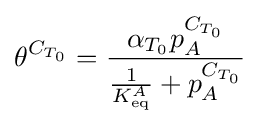
\theta ^{C_{T_{0}}}={\frac {\alpha _{T_{0}}p_{A}^{C_{T_{0}}}}{{\frac {1}{K_{\text{eq}}^{A}}}+p_{A}^{C_{T_{0}}}}}